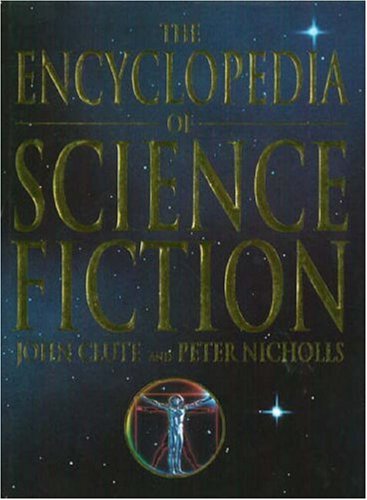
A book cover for New Encyclopedia of Science Fiction; John and Peter Nicholls Clute; Reference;